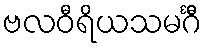
ဗလဝီရိယသမင်္ဂီ